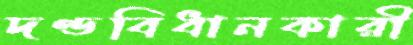
দণ্ডবিধানকারী